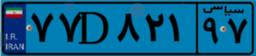
۵۰D۳۳۷۰۸